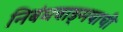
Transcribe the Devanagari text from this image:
निबंधवाङ्‌मयाची